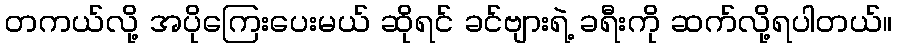
တကယ်လို့ အပိုကြေးပေးမယ် ဆိုရင် ခင်ဗျားရဲ့ ခရီးကို ဆက်လို့ရပါတယ်။